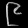
Digit: ၉